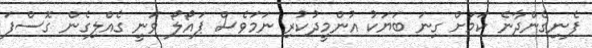
ފެނިގެންދާނެ ކަމަށް ގިނަ ބަޔަކު އުންމީދުކުރި ނަމަވެސް ޕައޯލޯ ވަނީ ގެއްލިގެން ގޮސްފަ